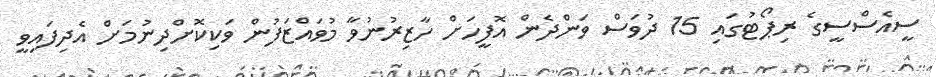
ސީއެސްސީގެ ރިޕޯޓުގައި 15 ދުވަސް ވަންދެން އޮފީހަށް ހާޒިރުނުވާ މުވައްޒަފުން ވަކިކޮށްދިނުމަށް އެދިފައިވީ